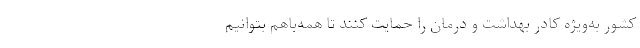
کشور به‌ویژه کادر بهداشت و درمان را حمایت کنند تا همه‌باهم بتوانیم